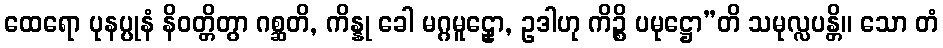
ထေရော ပုနပ္ပုနံ နိဝတ္တိတွာ ဂစ္ဆတိ, ကိန္နု ခေါ မဂ္ဂမူဠှော, ဥဒါဟု ကိဉ္စိ ပမုဋ္ဌော”တိ သမုလ္လပန္တိ။ သော တံ